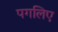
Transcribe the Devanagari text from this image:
पगलिए